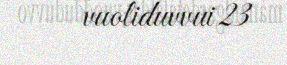
vuoliduvvui 23